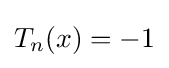
T_{n}(x)=-1